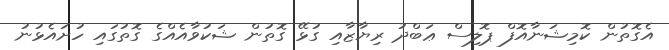
އެގޮތުން ކޮމިޝަނާއޮފް ޕޮލިސް ޢަބްދު ރިޔާޒާއި ގުޅޭ ގޮތުން ޝަކުވާއެއްގެ ގޮތުގައި ހުށައެޅުނު